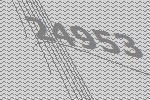
24953